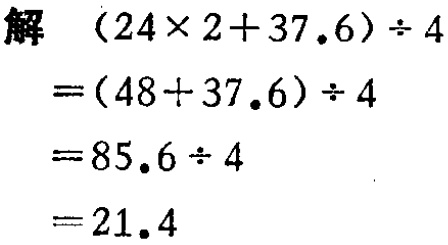
\[
\begin{align*}
&(24\times2 + 37.6)\div4\\
=&(48 + 37.6)\div4\\
=&85.6\div4\\
=&21.4
\end{align*}
\]